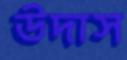
উদাস